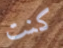
كنت